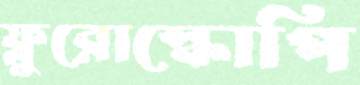
ফ্লুরোস্কোপি